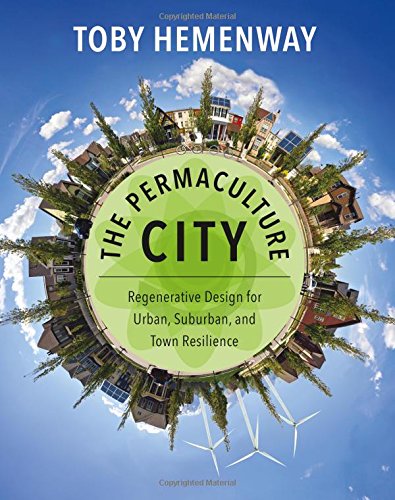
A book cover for The Permaculture City: Regenerative Design for Urban, Suburban, and Town Resilience; Toby Hemenway; Engineering & Transportation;